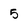
Character: 5